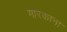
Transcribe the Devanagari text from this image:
मॉरकाना